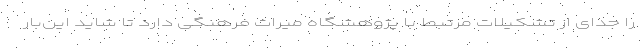
را جدای از تشکیلات مرتبط با پژوهشگاه میراث فرهنگی دارد تا شاید این‌بار